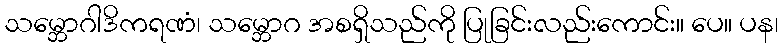
သမ္ဘောဂါဒိကရဏံ၊ သမ္ဘောဂ အစရှိသည်ကို ပြုခြင်းလည်းကောင်း။ ပေ။ ပန၊